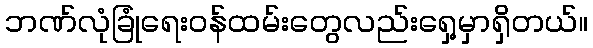
ဘဏ်လုံခြုံရေးဝန်ထမ်းတွေလည်းရှေ့မှာရှိတယ်။